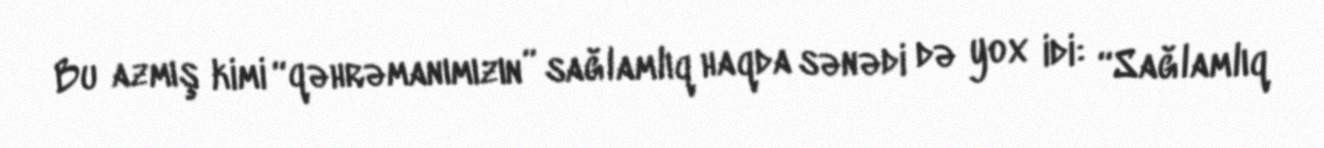
Bu azmış kimi “qəhrəmanımızın” sağlamlıq haqda sənədi də yox idi: “Sağlamlıq